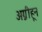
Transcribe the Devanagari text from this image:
अग्नीहून